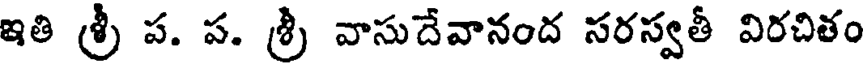
ఇతి శ్రీ ప. ప. శ్రీ వాసుదేవానంద సరస్వతీ విరచితం